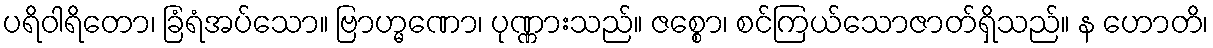
ပရိဝါရိတော၊ ခြံရံအပ်သော။ ဗြာဟ္မဏော၊ ပုဏ္ဏားသည်။ ဇစ္စော၊ စင်ကြယ်သောဇာတ်ရှိသည်။ န ဟောတိ၊